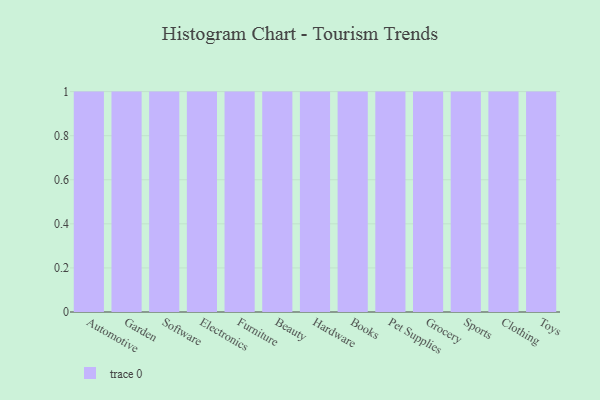
{"axis": {"x": "Category", "y": "Active Users"}, "legend": [""], "data": [{"x": "Automotive", "y": 7, "type": ""}, {"x": "Garden", "y": 38, "type": ""}, {"x": "Software", "y": 83, "type": ""}, {"x": "Electronics", "y": 1, "type": ""}, {"x": "Furniture", "y": 73, "type": ""}, {"x": "Beauty", "y": 18, "type": ""}, {"x": "Hardware", "y": 23, "type": ""}, {"x": "Books", "y": 19, "type": ""}, {"x": "Pet Supplies", "y": 9, "type": ""}, {"x": "Grocery", "y": 31, "type": ""}, {"x": "Sports", "y": 93, "type": ""}, {"x": "Clothing", "y": 2, "type": ""}, {"x": "Toys", "y": 37, "type": ""}]}